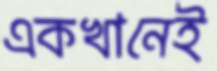
একখানেই